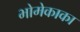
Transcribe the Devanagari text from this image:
भोमेकाका